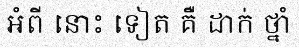
អំពី នោះ ទៀត គឺ ដាក់ ថ្នាំ